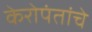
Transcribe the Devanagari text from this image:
केरोपंतांचे